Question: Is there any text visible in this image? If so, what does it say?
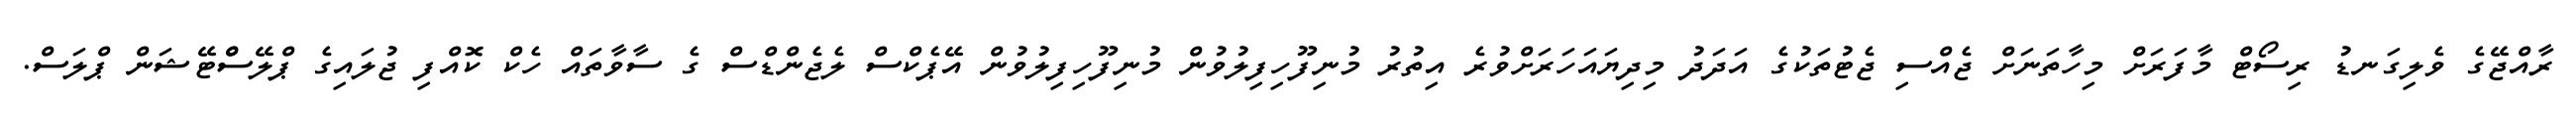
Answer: ރާއްޖޭގެ ވެލިގަނޑު ރިސޯޓް މާފަރަށް މިހާތަނަށް ޖެއްސި ޖެޓުތަކުގެ އަދަދު މިދިޔައަހަރަށްވުރެ އިތުރު މުނިފޫހިފިލުވުން މުނިފޫހިފިލުވުން އޭޕެކްސް ލެޖެންޑްސް ގެ ސާވާތައް ހެކް ކޮއްފި ޖުލައިގެ ޕްލޭސްްޓޭޝަން ޕްލަސް.